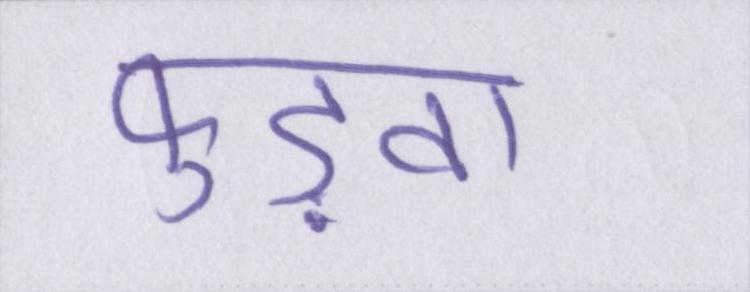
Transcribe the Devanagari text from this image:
फुड़वा